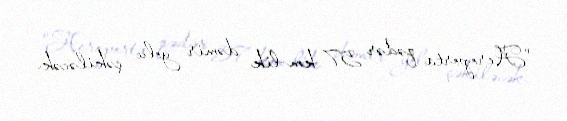
"Aeroporta qədər 57 km-lik dəmir yolu çəkiləcək.